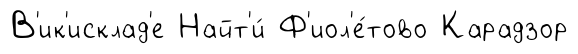
В'ик'исклад'е Найт'и́ Ф'иол'е́тово Карадзор